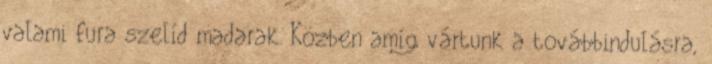
valami fura szelíd madarak. Közben amíg vártunk a továbbindulásra,